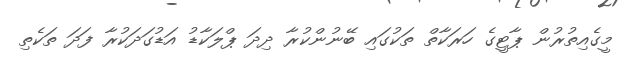
މީގެއިތުރުން ޕާޓީގެ ހަރަކާތް ތަކުގައި ބޭނުންކުރާ ދިދަ ޕްލަކާޑު އަޑުގަދަކުރާ ފަދަ ތަކެތި